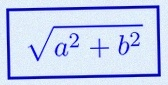
\sqrt{a^2+b^2}